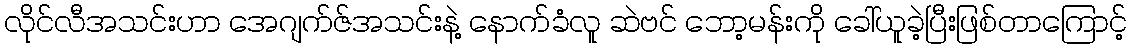
လိုင်လီအသင်းဟာ အေဂျက်ဇ်အသင်းနဲ့ နောက်ခံလူ ဆဲဗင် ဘော့မန်းကို ခေါ်ယူခဲ့ပြီးဖြစ်တာကြောင့်